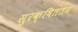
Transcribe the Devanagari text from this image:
सुरक्षिततम